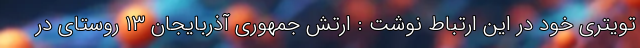
تویتری خود در این ارتباط نوشت : ارتش جمهوری آذربایجان ۱۳ روستای در